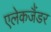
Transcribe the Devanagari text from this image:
एलेकजैंडर